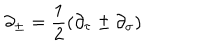
\partial _ { \pm } = \frac { 1 } { 2 } \left( \partial _ { \tau } \pm \partial _ { \sigma } \right)